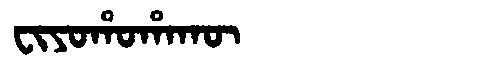
Manchu: ᠸᡳᠶᠣᡥᠣᡥᠠᡴᡡ
Romanization: FIYOHOHAKŪ